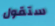
ستقول